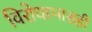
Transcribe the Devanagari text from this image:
विरोधाभासही